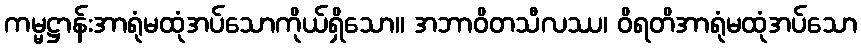
ကမ္မဋ္ဌာန်းအာရုံမထုံအပ်သောကိုယ်ရှိသော။ အဘာဝိတသီလဿ၊ ဝိရတိအာရုံမထုံအပ်သော